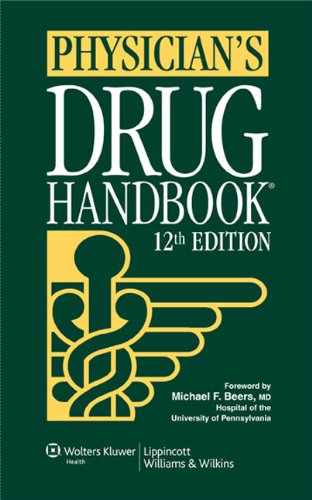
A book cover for Physician's Drug Handbook; Springhouse; Medical Books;